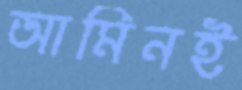
আমিনই